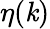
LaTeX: \eta(\mathit{k})